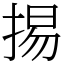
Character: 掦